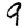
Digit: 9